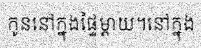
កូននៅក្នុងផ្ទៃម្តាយ។នៅក្នុង